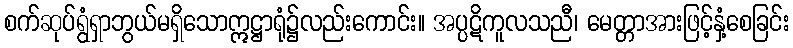
စက်ဆုပ်ရွံရှာဘွယ်မရှိသောဣဋ္ဌာရုံ၌လည်းကောင်း။ အပ္ပဋိကူလသညီ၊ မေတ္တာအားဖြင့်နှံ့စေခြင်း